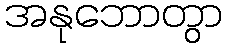
အနုဘောတွာ